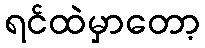
ရင်ထဲမှာတော့